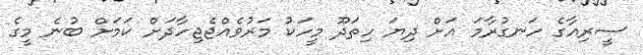
ސީރިއާގެ ހަނގުރާމަ އަށް ދިޔަ ހިތަދޫ މީހަކު މަރުވެއްޖެޖިހާދަށް ކަމަށް ބުނެ މީގެ